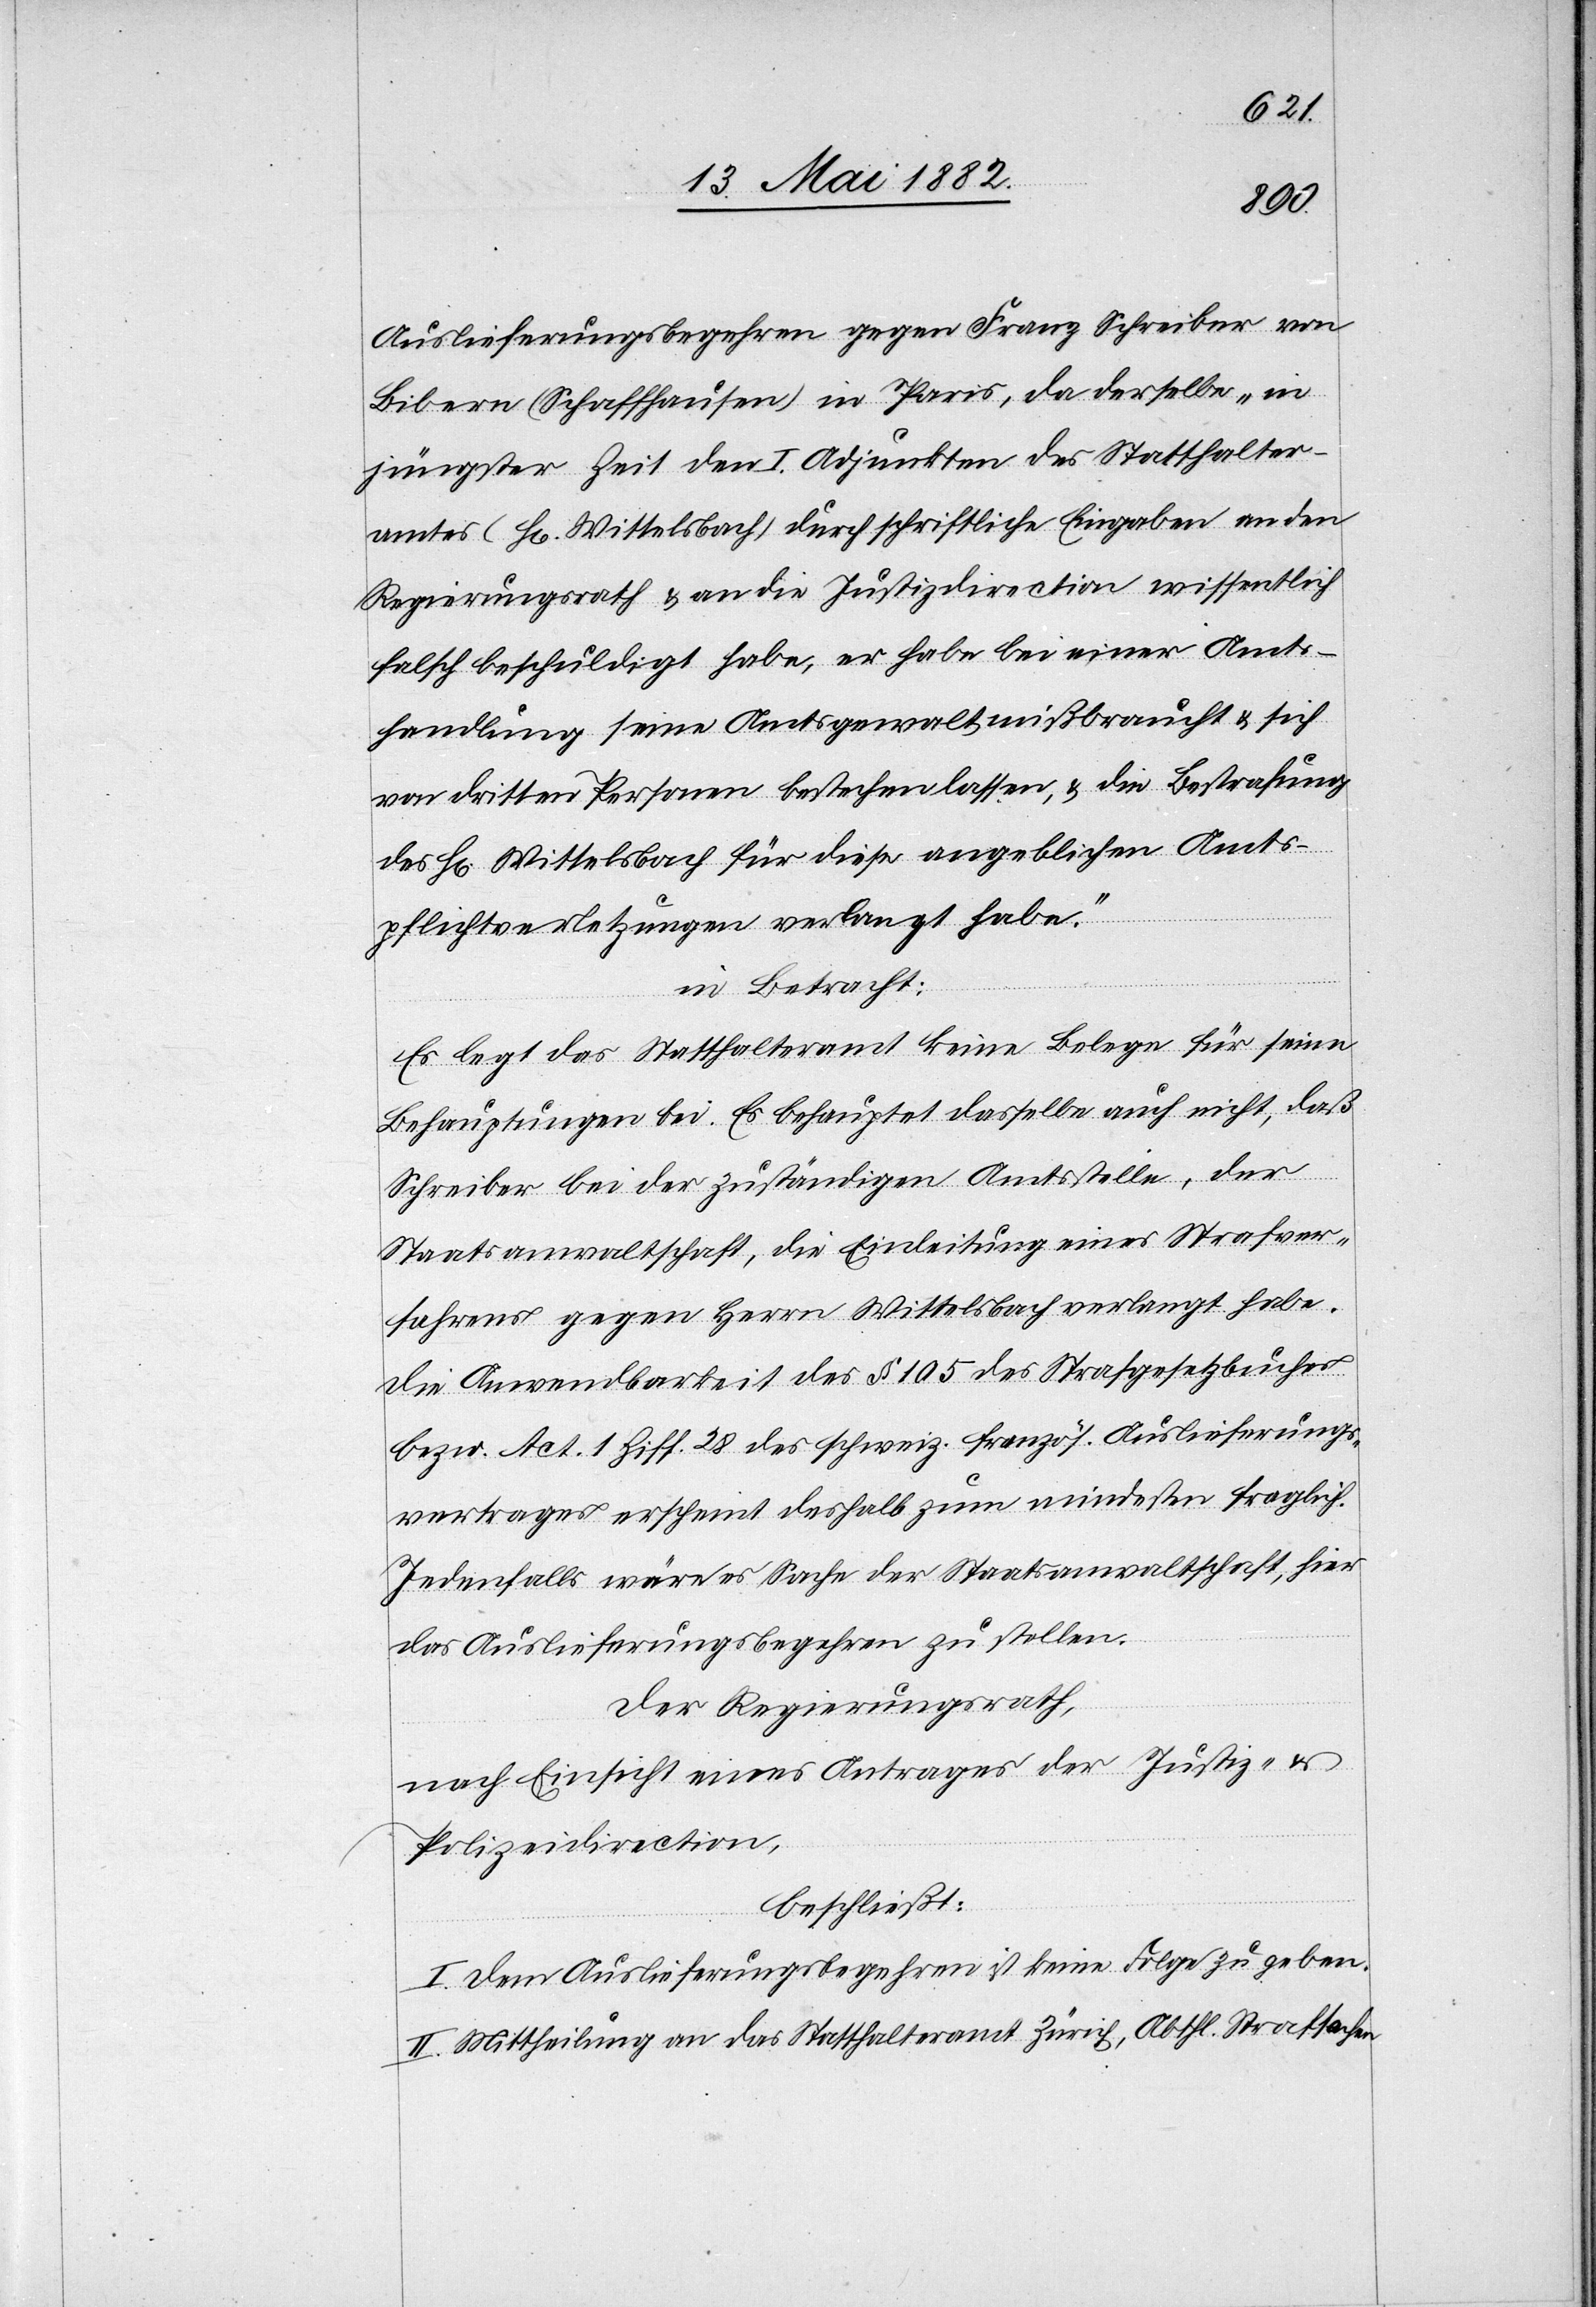
Auslieferungsbegehren gegen Franz Schreiber von
Bibern (Schaffhausen) in Paris, da derselbe „in
jüngster Zeit den I. Adjunkten des Statthalter¬
amtes (H[rn]. Wittelsbach) durch schriftliche Eingabe an den
Regierungsrath & an die Justizdirection wissentlich
falsch beschuldigt habe, er habe bei einer Amts¬
handlung seine Amtsgewalt mißbraucht & sich
von dritten Personen bestechen lassen, & die Bestrafung
des H[rn]. Wittelsbach für diese angebliche Amts¬
pflichtverletzung verlangt habe.“
in Betracht:
Es legt das Statthalteramt keine Belege für seine
Behauptungen bei. Es behauptet dasselbe auch nicht, daß
Schreiber bei der zuständigen Amtsstelle, der
Staatsanwaltschaft, die Einleitung eines Strafver¬
fahrens gegen Herrn Wittelsbach verlangt habe.
Die Anwendbarkeit des § 105 des Strafgesetzbuches
bezw. Act. 1 Ziff. 28 des schweiz. französ. Auslieferungs¬
vertrages erscheint deshalb zum mindestens fraglich.
Jedenfalls wäre es Sache der Staatsanwaltschaft, hier
das Auslieferungsbegehren zu stellen.
Der Regierungsrath,
nach Einsicht eines Antrages der Justiz- &
Polizeidirection,
beschließt:
I. Dem Auslieferungsbegehren ist keine Folge zu geben.
II. Mittheilung an das Statthalteramt Zürich, Abthl. Strafsachen